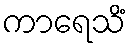
ကာရေသိံ